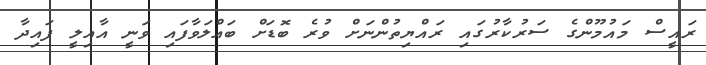
ރައީސް މައުމޫންގެ ސަރުކާރުގައި ރައްޔިތުންނަށް ވުރެ ބޮޑަށް ބައްލަވާފައި ވަނީ އާއިލީ ފައިދާ